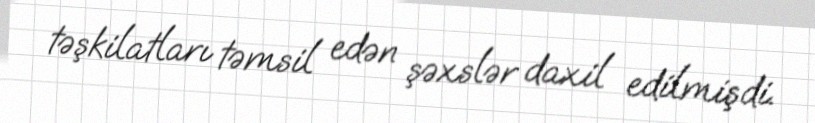
təşkilatları təmsil edən şəxslər daxil edilmişdi.